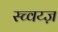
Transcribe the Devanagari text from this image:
स्च्वय्ज़